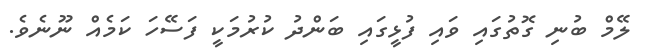
ލޭމް ބުނި ގޮތުގައި ވައި ފުޅީގައި ބަންދު ކުރުމަކީ ފަސޭހަ ކަމެއް ނޫނެވެ.